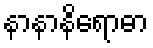
နာနာနိရောဓာ